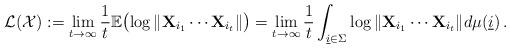
LaTeX: \begin{align*}\mathcal{L}(\mathcal{X})&:=\lim_{t\to \infty}\frac{1}{t}\mathbb{E}\bigl(\log \Vert \mathbf{X}_{i_1} \cdots \mathbf{X}_{i_t}\Vert \bigr) =\lim_{t\to \infty} \frac{1}{t} \int_{\underline{i}\in \Sigma} \log\Vert \mathbf{X}_{i_1} \cdots \mathbf{X}_{i_t}\Vert d\mu(\underline{i}) \,.\end{align*}